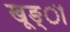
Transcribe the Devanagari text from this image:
खूङ्ी